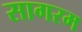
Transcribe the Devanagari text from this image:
सागरम